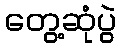
တွေ့ဆုံပွဲ